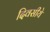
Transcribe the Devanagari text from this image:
दिवसीये